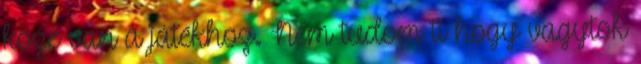
köze van a játékhoz. Nem tudom ti hogy vagytok